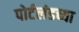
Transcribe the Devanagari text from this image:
पोर्टलंडच्या